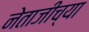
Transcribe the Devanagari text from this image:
नेताजीच्या